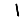
Digit: 1